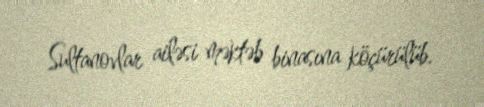
Sultanovlar ailəsi məktəb binasına köçürülüb.